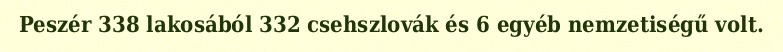
Peszér 338 lakosából 332 csehszlovák és 6 egyéb nemzetiségű volt.